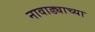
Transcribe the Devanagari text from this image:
नावाड्याच्या